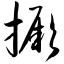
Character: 撅